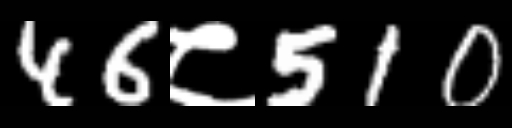
Text: 46८510